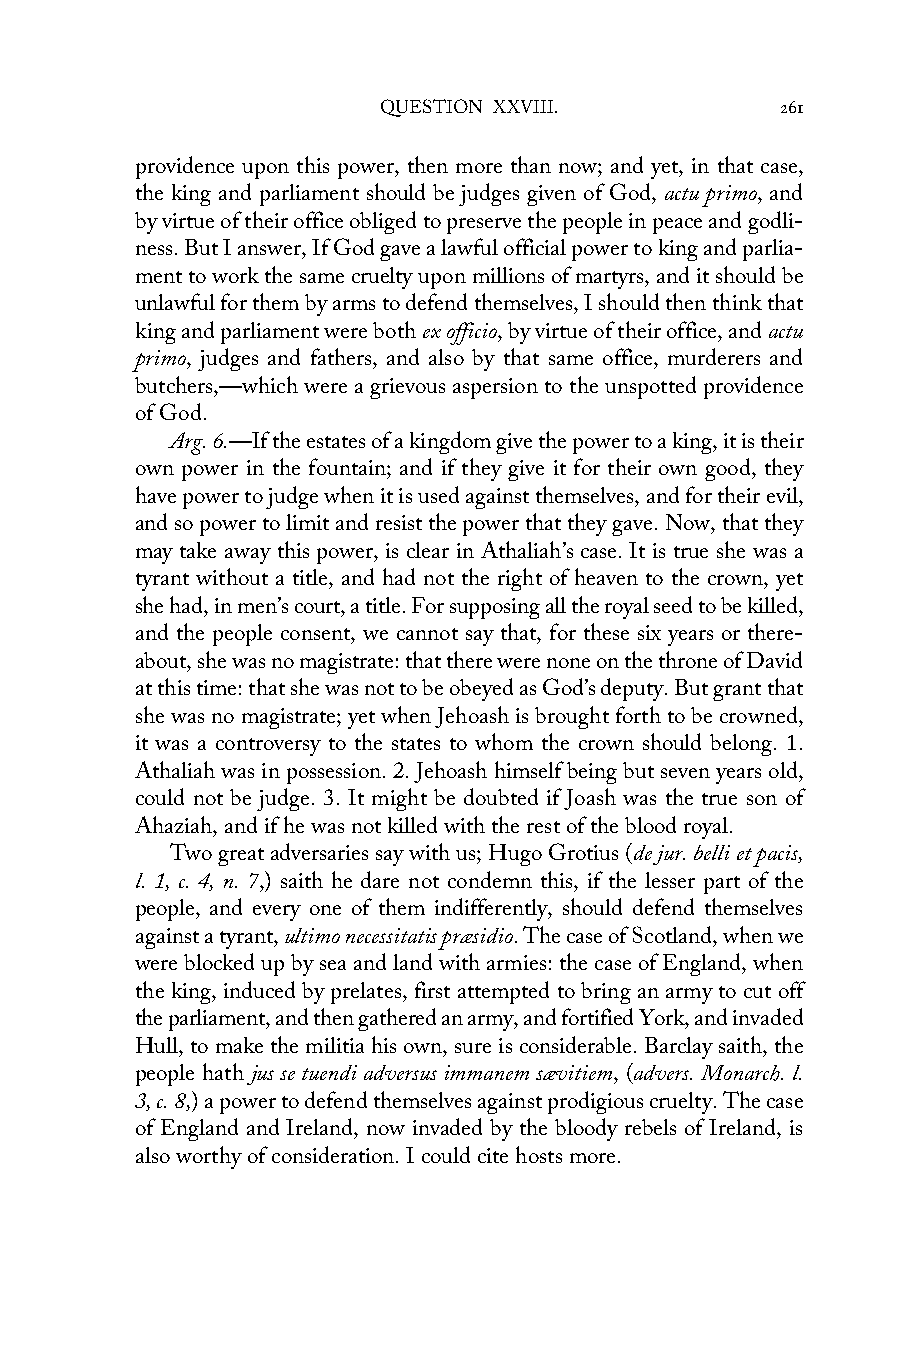
QUESTION XXVIII.           261
 providence upon this power, then more than now; and yet, in that case,
 the king and parliament should be judges given of God, actu primo, and
 by virtue of their office obliged to preserve the people in peace and godli-
 ness. But I answer, If God gave a lawful official power to king and parlia-
 ment to work the same cruelty upon millions of martyrs, and it should be
 unlawful for them by arms to defend themselves, I should then think that
 king and parliament were both ex officio, by virtue of their office, and actu
 primo, judges and fathers, and also by that same office, murderers and
 butchers,—which were a grievous aspersion to the unspotted providence
 of God.
 Arg. 6.—If the estates of a kingdom give the power to a king, it is their
 own power in the fountain; and if they give it for their own good, they
 have power to judge when it is used against themselves, and for their evil,
 and so power to limit and resist the power that they gave. Now, that they
 may take away this power, is clear in Athaliah’s case. It is true she was a
 tyrant without a title, and had not the right of heaven to the crown, yet
 she had, in men’s court, a title. For supposing all the royal seed to be killed,
 and the people consent, we cannot say that, for these six years or there-
 about, she was no magistrate: that there were none on the throne of David
 at this time: that she was not to be obeyed as God’s deputy. But grant that
 she was no magistrate; yet when Jehoash is brought forth to be crowned,
 it was a controversy to the states to whom the crown should belong. 1.
 Athaliah was in possession. 2. Jehoash himself being but seven years old,
 could not be judge. 3. It might be doubted if Joash was the true son of
 Ahaziah, and if he was not killed with the rest of the blood royal.
 Two great adversaries say with us; Hugo Grotius (de jur. belli et pacis,
 l. 1, c. 4, n. 7,) saith he dare not condemn this, if the lesser part of the
 people, and every one of them indifferently, should defend themselves
 against a tyrant, ultimo necessitatis præsidio. The case of Scotland, when we
 were blocked up by sea and land with armies: the case of England, when
 the king, induced by prelates, first attempted to bring an army to cut off
 the parliament, and then gathered an army, and fortified York, and invaded
 Hull, to make the militia his own, sure is considerable. Barclay saith, the
 people hath jus se tuendi adversus immanem sævitiem, (advers. Monarch. l.
 3, c. 8,) a power to defend themselves against prodigious cruelty. The case
 of England and Ireland, now invaded by the bloody rebels of Ireland, is
 also worthy of consideration. I could cite hosts more.